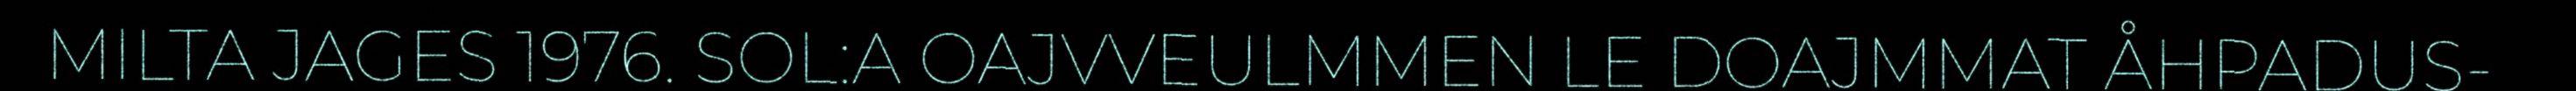
MILTA JAGES 1976. SOL:A OAJVVEULMMEN LE DOAJMMAT ÅHPADUS-